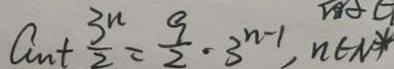
a _ { n } + \frac { 3 n } { 2 } = \frac { 9 } { 2 } \cdot 3 ^ { n - 1 } , n \in N \ast